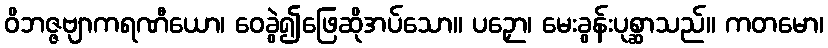
ဝိဘဇ္ဇဗျာကရဏီယော၊ ဝေခွဲ၍ဖြေဆိုအပ်သော။ ပဉှော၊ မေးခွန်းပုစ္ဆာသည်။ ကတမော၊